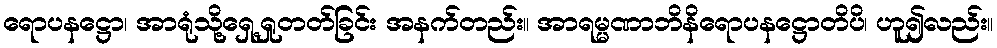
ရောပနဋ္ဌော၊ အာရုံသို့ရှေ့ရှုတတ်ခြင်း အနက်တည်း။ အာရမ္မဏာဘိနိရောပနဋ္ဌောတိပိ၊ ဟူ၍လည်း။